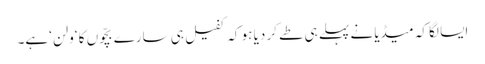
ایسا لگا کہ میڈیا نے پہلے ہی طے کر دیا ہو کہ کفیل ہی سارے بچّوں کا ‘ولن ‘ہے۔